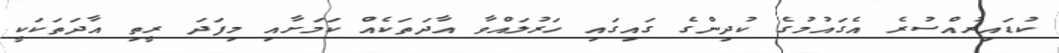
ކުޑައިރުއްސުރެ އެގައުމުގެ ކުދިންގެ ގައިގައި ހަރުލައްވާ އާދަތަކެއް ކަމަށާއި މިފަދަ ރީތި އާދަތަކަކީ